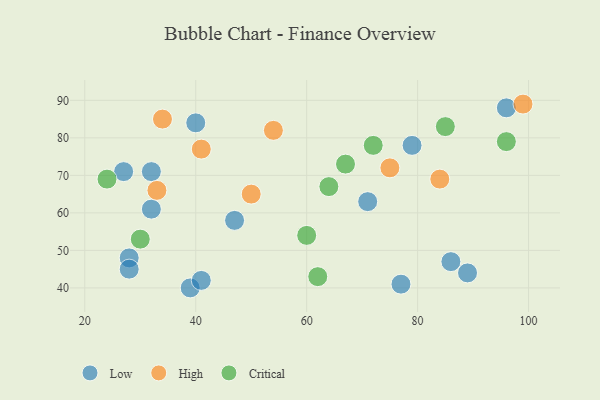
{"axis": {"x": "GDP", "y": "Life Expectancy"}, "legend": ["Critical", "High", "Low"], "data": [{"x": "39", "y": 40, "type": "Low"}, {"x": "96", "y": 88, "type": "Low"}, {"x": "28", "y": 48, "type": "Low"}, {"x": "27", "y": 71, "type": "Low"}, {"x": "71", "y": 63, "type": "Low"}, {"x": "86", "y": 47, "type": "Low"}, {"x": "77", "y": 41, "type": "Low"}, {"x": "79", "y": 78, "type": "Low"}, {"x": "32", "y": 71, "type": "Low"}, {"x": "89", "y": 44, "type": "Low"}, {"x": "41", "y": 42, "type": "Low"}, {"x": "47", "y": 58, "type": "Low"}, {"x": "40", "y": 84, "type": "Low"}, {"x": "28", "y": 45, "type": "Low"}, {"x": "32", "y": 61, "type": "Low"}, {"x": "34", "y": 85, "type": "High"}, {"x": "84", "y": 69, "type": "High"}, {"x": "75", "y": 72, "type": "High"}, {"x": "50", "y": 65, "type": "High"}, {"x": "41", "y": 77, "type": "High"}, {"x": "99", "y": 89, "type": "High"}, {"x": "33", "y": 66, "type": "High"}, {"x": "54", "y": 82, "type": "High"}, {"x": "64", "y": 67, "type": "Critical"}, {"x": "67", "y": 73, "type": "Critical"}, {"x": "60", "y": 54, "type": "Critical"}, {"x": "62", "y": 43, "type": "Critical"}, {"x": "96", "y": 79, "type": "Critical"}, {"x": "72", "y": 78, "type": "Critical"}, {"x": "30", "y": 53, "type": "Critical"}, {"x": "85", "y": 83, "type": "Critical"}, {"x": "24", "y": 69, "type": "Critical"}]}